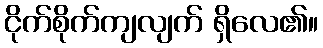
ငိုက်စိုက်ကျလျက် ရှိလေ၏။